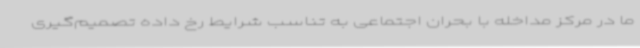
ما در مرکز مداخله با بحران اجتماعی به تناسب شرایط رخ داده تصمیم‌گیری